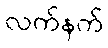
လက်နက်